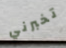
تخبرني